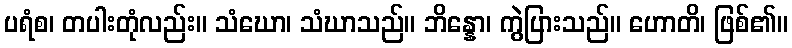
ပရံစ၊ တပါးတုံလည်း။ သံဃော၊ သံဃာသည်။ ဘိန္နော၊ ကွဲပြားသည်။ ဟောတိ၊ ဖြစ်၏။